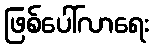
ဖြစ်ပေါ်လာရေး